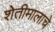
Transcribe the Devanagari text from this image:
शेतीमालाचे